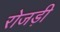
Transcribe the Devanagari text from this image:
रोजड़ी